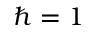
\hbar = 1